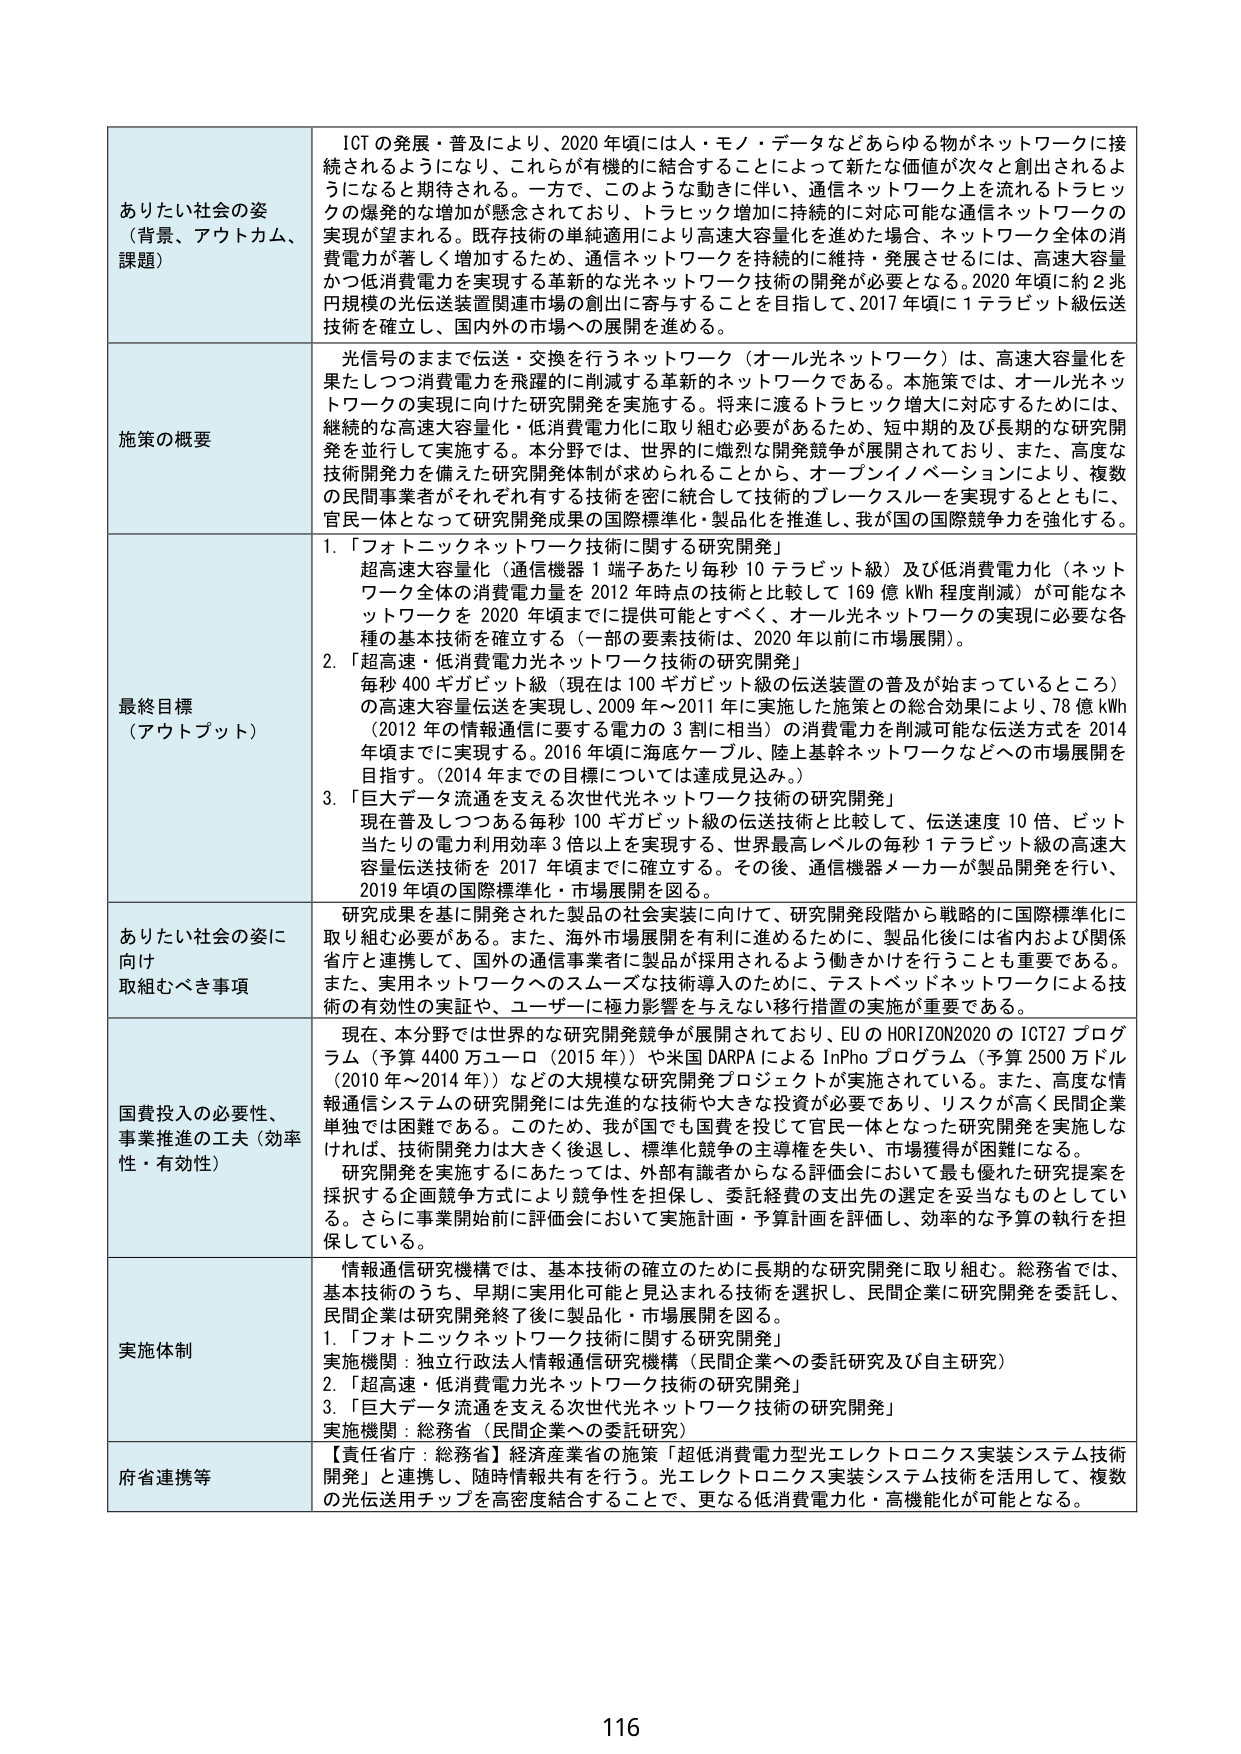
ありたい社会の姿
（背景、アウトカム、課題）
ICT の発展・普及により、2020 年頃には人・モノ・データなどあらゆる物がネットワークに接続されるようになり、これらが有機的に結合することによって新たな価値が次々と創出されるようになると期待される。一方で、このような動きに伴い、通信ネットワーク上を流れるトラヒックの爆発的な増加が懸念されており、トラヒック増加に持続的に対応可能な通信ネットワークの実現が望まれる。既存技術の単純適用により高速大容量化を進めた場合、ネットワーク全体の消費電力が著しく増加するため、通信ネットワークを持続的に維持・発展させるには、高速大容量かつ低消費電力を実現する革新的な光ネットワーク技術の開発が必要となる。2020 年頃に約 2 兆円規模の光伝送装置関連市場の創出に寄与することを目指して、2017 年頃に 1 テラビット級伝送技術を確立し、国内外の市場への展開を進める。

施策の概要
光信号のままで伝送・交換を行うネットワーク（オール光ネットワーク）は、高速大容量化を果たしつつ消費電力を飛躍的に削減する革新的ネットワークである。本施策では、オール光ネットワークの実現に向けた研究開発を実施する。将来に渡るトラヒック増大に対応するためには、継続的な高速大容量化・低消費電力化に取り組む必要があるため、短中期的及び長期的な研究開発を並行して実施する。本分野では、世界的に熾烈な開発競争が展開されており、また、高度な技術開発力を備えた研究開発体制が求められることから、オープンイノベーションにより、複数の民間事業者がそれぞれ有する技術を密に統合して技術的ブレークスルーを実現するとともに、官民一体となって研究開発成果の国際標準化・製品化を推進し、我が国の国際競争力を強化する。

最終目標
（アウトプット）
1. 「フォトニクスネットワーク技術に関する研究開発」
超高速大容量化（通信機器 1 端子あたり毎秒 10 テラビット級）及び低消費電力化（ネットワーク全体の消費電力量を 2012 年時点の技術と比較して 169 億 kWh 程度削減）が可能なネットワークを 2020 年頃までに提供可能とすべく、オール光ネットワークの実現に必要な各種の基本技術を確立する（一部の要素技術は、2020 年以前に市場展開）。
2. 「超高速・低消費電力光ネットワーク技術の研究開発」
毎秒 400 ギガビット級（現在は 100 ギガビット級の伝送装置の普及が始まっているところ）の高速大容量伝送を実現し、2009 年～2011 年に実施した施策との総合効果により、78 億 kWh（2012 年の情報通信に要する電力の 3 割に相当）の消費電力を削減可能な伝送方式を 2014 年頃までに実現する。2016 年頃に海底ケーブル、陸上基幹ネットワークなどへの市場展開を目指す。（2014 年までの目標については達成見込み。）
3. 「巨大データ流通を支える次世代光ネットワーク技術の研究開発」
現在普及しつつある毎秒 100 ギガビット級の伝送技術と比較して、伝送速度 10 倍、ビット当たりの電力利用効率 3 倍以上を実現する、世界最高レベルの毎秒 1 テラビット級の高速大容量伝送技術を 2017 年頃までに確立する。その後、通信機器メーカーが製品開発を行い、2019 年頃の国際標準化・市場展開を図る。

ありたい社会の姿に向け取組むべき事項
研究成果を基に開発された製品の社会実装に向けて、研究開発段階から戦略的に国際標準化に取り組む必要がある。また、海外市場展開を有利に進めるために、製品化後には省内および関係省庁と連携して、国外の通信事業者に製品が採用されるよう働きかけを行うことも重要である。また、実用ネットワークへのスムーズな技術導入のために、テストベッドネットワークによる技術の有効性の実証や、ユーザーに極力影響を与えない移行措置の実施が重要である。

国費投入の必要性、事業推進の工夫（効率性・有効性）
現在、本分野では世界的な研究開発競争が展開されており、EU の HORIZON2020 の ICT27 プログラム（予算 4400 万ユーロ（2015 年））や米国 DARPA による InPho プログラム（予算 2500 万ドル（2010 年～2014 年））などの大規模な研究開発プロジェクトが実施されている。また、高度な情報通信システムの研究開発には先進的な技術や大きな投資が必要であり、リスクが高く民間企業単独では困難である。このため、我が国でも国費を投じて官民一体となった研究開発を実施しなければ、技術開発力は大きく後退し、標準化競争の主導権を失い、市場獲得が困難になる。
研究開発を実施するにあたっては、外部有識者からなる評価会において最も優れた研究提案を採択する企画競争方式により競争性を担保し、委託経費の支出先の選定を妥当なものとしている。さらに事業開始前に評価会において実施計画・予算計画を評価し、効率的な予算の執行を担保している。

実施体制
情報通信研究機構では、基本技術の確立のために長期的な研究開発に取り組む。総務省では、基本技術のうち、早期に実用化可能と見込まれる技術を選択し、民間企業に研究開発を委託し、民間企業は研究開発終了後に製品化・市場展開を図る。
1. 「フォトニクスネットワーク技術に関する研究開発」
実施機関：独立行政法人情報通信研究機構（民間企業への委託研究及び自主研究）
2. 「超高速・低消費電力光ネットワーク技術の研究開発」
3. 「巨大データ流通を支える次世代光ネットワーク技術の研究開発」
実施機関：総務省（民間企業への委託研究）

府省連携等
【責任省庁：総務省】経済産業省の施策「超低消費電力型光エレクトロニクス実装システム技術開発」と連携し、随時情報共有を行う。光エレクトロニクス実装システム技術を活用して、複数の光伝送用チップを高密度結合することで、更なる低消費電力化・高機能化が可能となる。

116